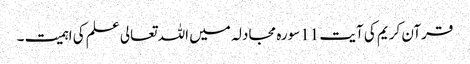
قرآن کریم کی آیت 11سورہ مجادلہ میں اللہ تعالی علم کی اہمیت ۔